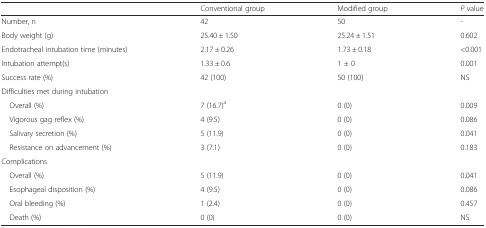
<table><thead><tr><td></td><td><b>Conventional group</b></td><td><b>Modified group</b></td><td><b><i>P</i> value</b></td></tr></thead><tbody><tr><td>Number, n</td><td>42</td><td>50</td><td>-</td></tr><tr><td>Body weight (g)</td><td>25.40 ± 1.50</td><td>25.24 ± 1.51</td><td>0.602</td></tr><tr><td>Endotracheal intubation time (minutes)</td><td>2.17 ± 0.26</td><td>1.73 ± 0.18</td><td>&lt;0.001</td></tr><tr><td>Intubation attempt(s)</td><td>1.33 ± 0.6</td><td>1 ± 0</td><td>0.001</td></tr><tr><td>Success rate (%)</td><td>42 (100)</td><td>50 (100)</td><td>NS</td></tr><tr><td>Difficulties met during intubation</td><td></td><td></td><td></td></tr><tr><td> Overall (%)</td><td>7 (16.7)<sup>a</sup></td><td>0 (0)</td><td>0.009</td></tr><tr><td> Vigorous gag reflex (%)</td><td>4 (9.5)</td><td>0 (0)</td><td>0.086</td></tr><tr><td> Salivary secretion (%)</td><td>5 (11.9)</td><td>0 (0)</td><td>0.041</td></tr><tr><td> Resistance on advancement (%)</td><td>3 (7.1)</td><td>0 (0)</td><td>0.183</td></tr><tr><td>Complications</td><td></td><td></td><td></td></tr><tr><td> Overall (%)</td><td>5 (11.9)</td><td>0 (0)</td><td>0.041</td></tr><tr><td> Esophageal disposition (%)</td><td>4 (9.5)</td><td>0 (0)</td><td>0.086</td></tr><tr><td> Oral bleeding (%)</td><td>1 (2.4)</td><td>0 (0)</td><td>0.457</td></tr><tr><td> Death (%)</td><td>0 (0)</td><td>0 (0)</td><td>NS</td></tr></tbody></table>